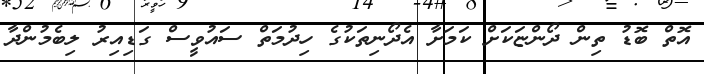
އޮތް ބޮޑު ތިން ދޯންޏަކަށް ކަމަށާ އެދޯނިތަކުގެ ހިދުމަތް ސައުވީސް ގަޑިއިރު ލިބެމުންދާ